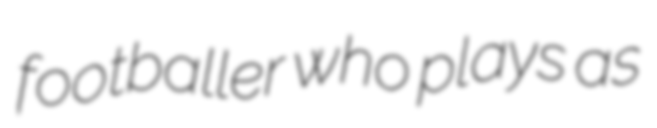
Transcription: footballer who plays as